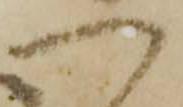
へ